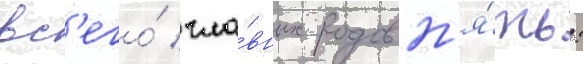
вс'его́ гла́вных родов п'я́ть: